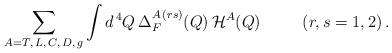
LaTeX: \begin{align*}\sum_{A = T, \, L, \, C, \, D, \, g} \int d^{\, 4} Q \, \Delta_F^{A \, (r s)} (Q) \, {\cal H}^A (Q) \;\;\;\;\;\;\;\;\; (r, s = 1, 2) \, .\end{align*}